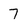
Character: 7